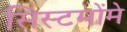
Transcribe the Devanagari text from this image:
सिस्टमोंमे